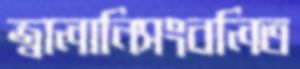
জ্বালানিসংবলিত